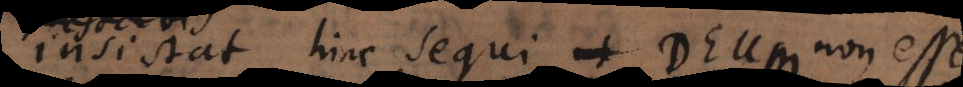
insistat hinc sequi, ut Deus non s